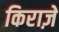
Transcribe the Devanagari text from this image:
किराज़े